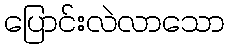
ပြောင်းလဲလာသော